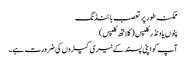
ممکنہ طور پر تعصب بائنڈنگ
پنوں یا ونڈر کلپس (کلاتھ کلپس)
آپ کو اپنی پسند کے ٹیری کپڑوں کی ضرورت ہے۔